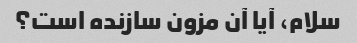
سلام، آیا آن مزون سازنده است؟